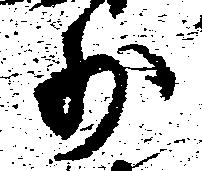
少